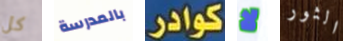
كل بالمدرسة كوادر لا الثور